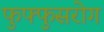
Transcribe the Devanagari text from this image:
फुफ्फुसरोग